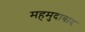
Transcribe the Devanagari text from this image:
महमुदाबाद